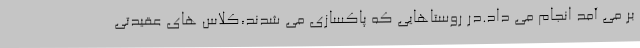
بر می آمد انجام می داد.در روستاهایی که پاکسازی می شدند،کلاس های عقیدتی